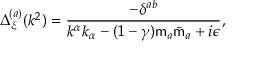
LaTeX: \Delta _ { \xi } ^ { ( a ) } ( k ^ { 2 } ) = \frac { - \delta ^ { a b } } { k ^ { \alpha } k _ { \alpha } - ( 1 - \gamma ) { \sf m } _ { a } \bar { \sf m } _ { a } + i \epsilon } ,